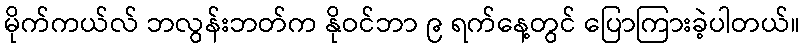
မိုက်ကယ်လ် ဘလွန်းဘတ်က နိုဝင်ဘာ ၉ ရက်နေ့တွင် ပြောကြားခဲ့ပါတယ်။